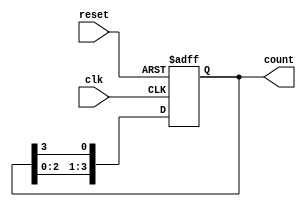
module ring_counter (
    input wire clk,          // Clock input
    input wire reset,        // Asynchronous reset
    output reg [3:0] count   // 4-bit output for the ring counter
);

// Initial state for the ring counter
initial begin
    count = 4'b0001; // Initialize to 0001
end

// Synchronous process
always @(posedge clk or posedge reset) begin
    if (reset) begin
        count <= 4'b0001; // Reset to initial state
    end else begin
        // Shift the '1' bit to the right
        count <= {count[2:0], count[3]}; // Shift right and feed last bit to first
    end
end

endmodule